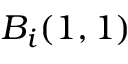
B _ { i } ( 1 , 1 )